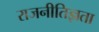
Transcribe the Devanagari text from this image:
राजनीतिज्ञता